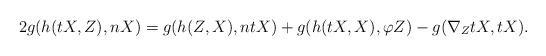
LaTeX: \begin{align*}2g(h(tX,Z), nX)=g(h(Z, X), ntX)+g(h(tX, X), \varphi Z)-g(\nabla_{Z}tX, tX).\end{align*}